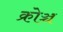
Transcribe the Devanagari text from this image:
क्रोञ्च